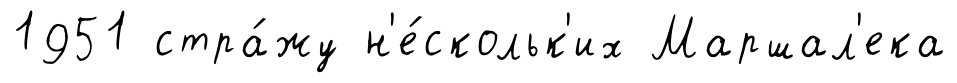
1951 стра́жу н'е́скольк'их Маршал'ека